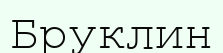
Бруклин